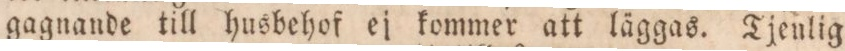
gagnande till husbehof ej kommer att läggas. Tjenlig